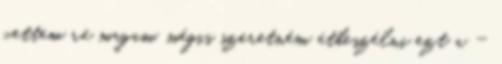
vettem rá magam, mégis szeretném átbeszélni ezt a -